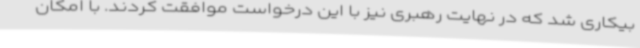
بیکاری شد که در نهایت رهبری نیز با این درخواست موافقت کردند. با امکان